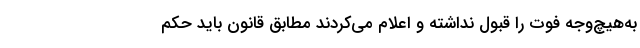
به‌هیچ‌وجه فوت را قبول نداشته و اعلام می‌کردند مطابق قانون باید حکم